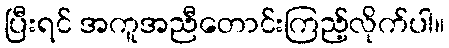
ပြီးရင် အကူအညီတောင်းကြည့်လိုက်ပါ။